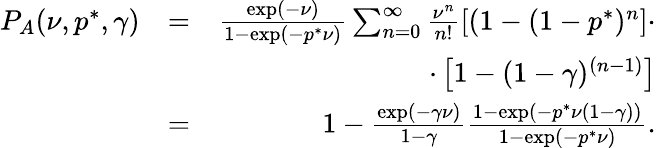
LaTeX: \begin{array}{rlr}{P_{A}(\nu,p^{*},\gamma)}&{=}&{\frac{\exp(-\nu)}{1-\exp(-p^{*}\nu)}\sum_{n=0}^{\infty}\frac{\nu^{n}}{n!}\left[(1-(1-p^{*})^{n}\right]\cdot}\\ &{}&{\cdot\left[1-(1-\gamma)^{(n-1)}\right]}\\ &{=}&{1-\frac{\exp(-\gamma\nu)}{1-\gamma}\frac{1-\exp(-p^{*}\nu(1-\gamma))}{1-\exp(-p^{*}\nu)}.}\end{array}